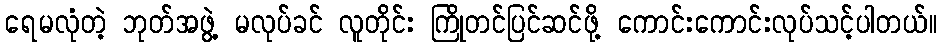
ရေမလုံတဲ့ ဘုတ်အဖွဲ့ မလုပ်ခင် လူတိုင်း ကြိုတင်ပြင်ဆင်ဖို့ ကောင်းကောင်းလုပ်သင့်ပါတယ်။